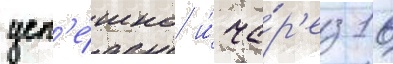
усп'е́шно и́ че́р'ез 16